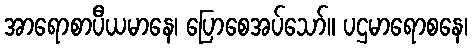
အာရောစာပီယမာနေ၊ ပြောစေအပ်သော်။ ပဌမာရောစနေ၊